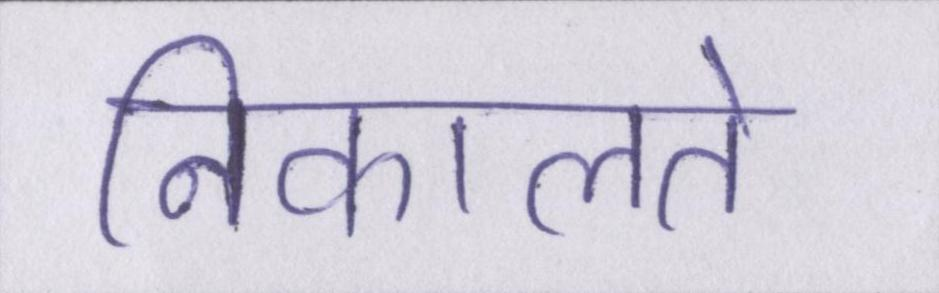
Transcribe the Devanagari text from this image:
निकालते